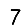
Digit: 7